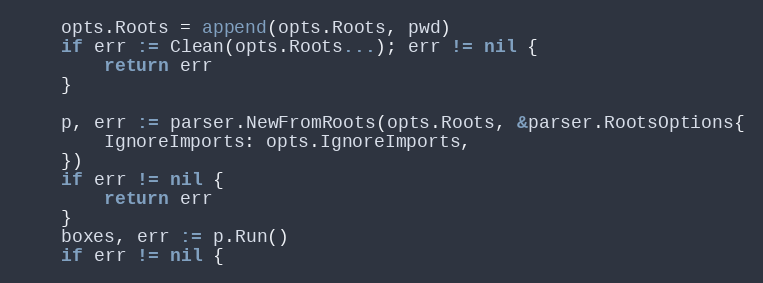
Language: Go
	opts.Roots = append(opts.Roots, pwd)
	if err := Clean(opts.Roots...); err != nil {
		return err
	}

	p, err := parser.NewFromRoots(opts.Roots, &parser.RootsOptions{
		IgnoreImports: opts.IgnoreImports,
	})
	if err != nil {
		return err
	}
	boxes, err := p.Run()
	if err != nil {